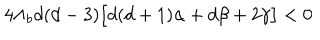
LaTeX: 4 \Lambda _ { b } d ( d - 3 ) \big [ d ( d + 1 ) \alpha + d \beta + 2 \gamma \big ] < 0